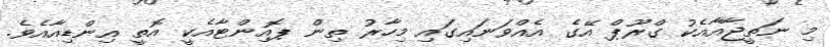
މި ނަތީޖާއާއެކު ގްރޫޕް އޭގެ އެއްވަނައިގައި މިހާރު ތިން ޕޮއިންޓާއެކީ އޮތީ އިންޑިއާއެވެ.